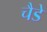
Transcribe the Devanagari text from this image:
चैडे